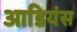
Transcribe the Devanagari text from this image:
आडियंस